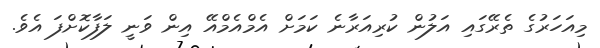
މިއަހަރުގެ ތެރޭގައި އަލުން ކުރިއަރާނެ ކަމަށް އެމްއެމްއޭ އިން ވަނީ ލަފާކޮށްފަ އެވެ.